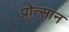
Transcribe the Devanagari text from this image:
प्रोत्सान